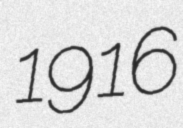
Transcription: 1916